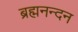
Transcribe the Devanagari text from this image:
ब्रह्मनन्दन